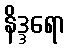
နိဒ္ဒရော